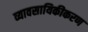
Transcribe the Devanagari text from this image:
व्यावसायिकीकरण